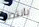
بانتظار